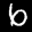
Label: 6